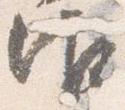
御